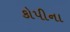
કોપીના